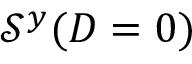
\mathcal { S } ^ { y } ( D = 0 )